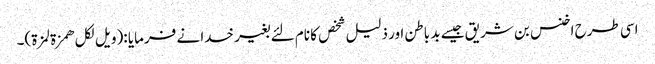
اسی طرح اخنس بن شریق جیسے بد باطن اور ذلیل شخص کا نام لئے بغیر خدا نے فرمایا :(ویل لکل ھمزة لمزة)۔